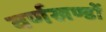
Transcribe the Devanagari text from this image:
वर्णखण्डों